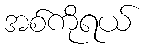
အစ်ကိုရယ်